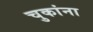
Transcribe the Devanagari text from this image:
चुकांना